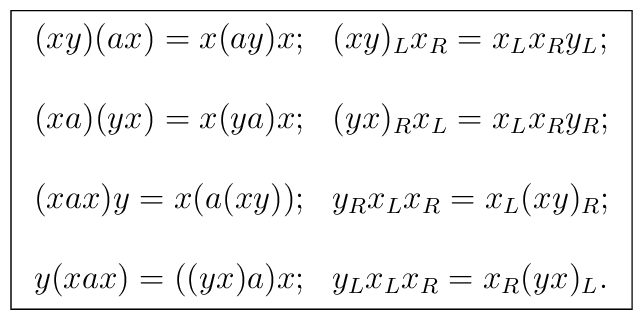
\fbox{$\begin{array}{ll} (xy)(ax)=x(ay)x; & (xy)_{L}x_{R} = x_{L}x_{R}y_{L};\\ \\ (xa)(yx)=x(ya)x; & (yx)_{R}x_{L} = x_{L}x_{R}y_{R}; \\ \\(xax)y=x(a(xy)); & y_{R}x_{L}x_{R} = x_{L}(xy)_{R}; \\ \\y(xax)=((yx)a)x; & y_{L}x_{L}x_{R} = x_{R}(yx)_{L}. \\\end{array}$}